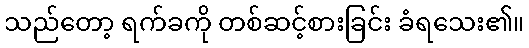
သည်တော့ ရက်ခကို တစ်ဆင့်စားခြင်း ခံရသေး၏။